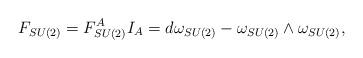
LaTeX: \begin{align*}F_{SU(2)}=F_{SU(2)}^AI_A=d\omega _{SU(2)}-\omega _{SU(2)}\wedge\omega _{SU(2)},\end{align*}